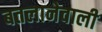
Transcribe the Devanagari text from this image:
बतलानेवाली